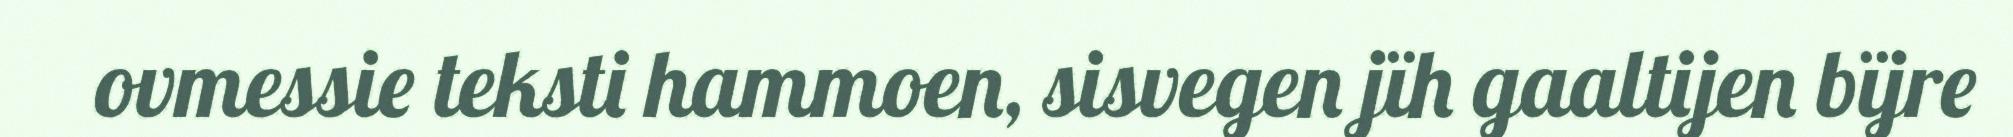
ovmessie teksti hammoen, sisvegen jïh gaaltijen bïjre